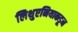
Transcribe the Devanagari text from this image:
लिथुएनियाकडून